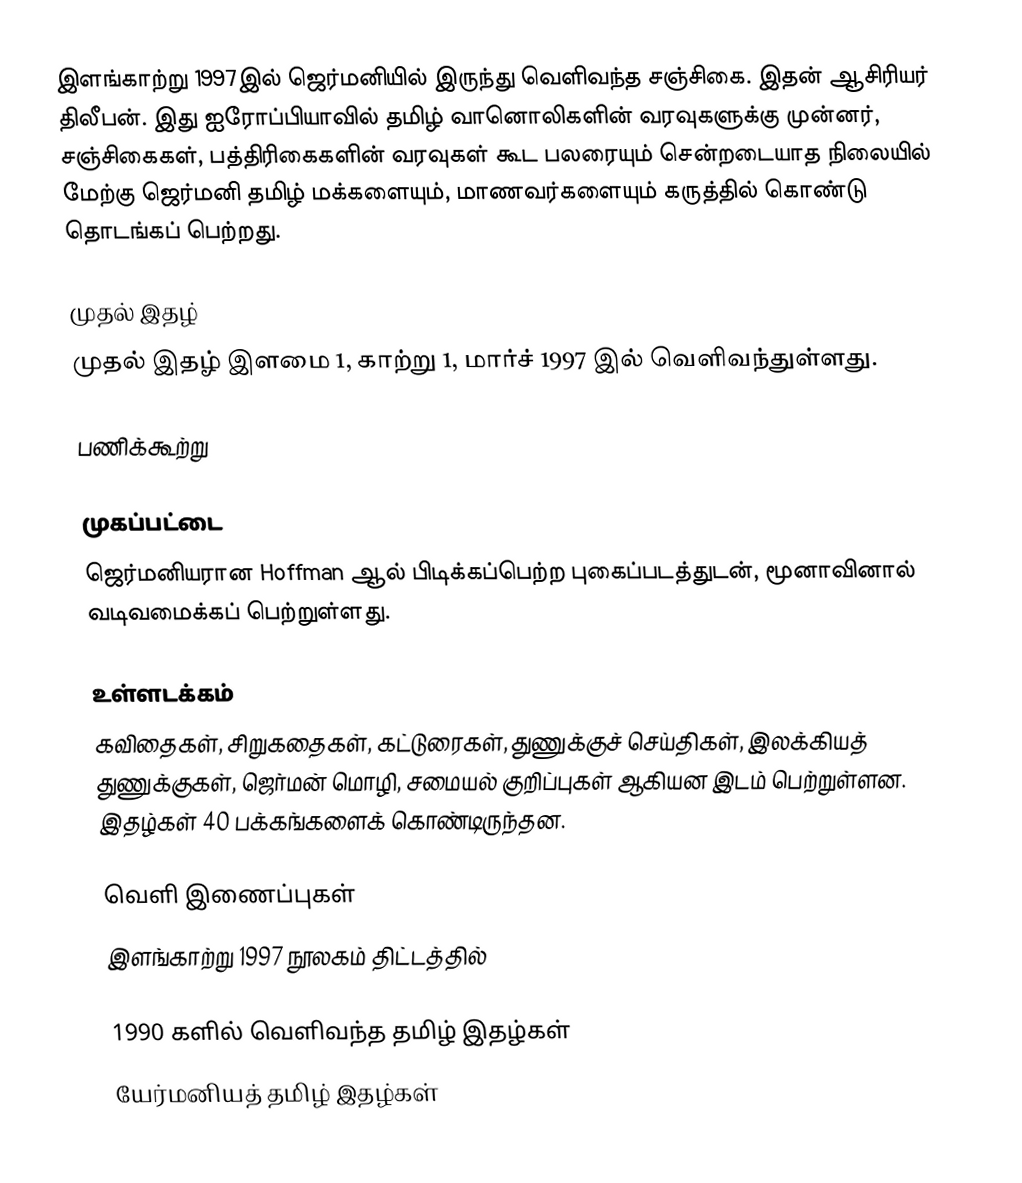
இளங்காற்று 1997இல் ஜெர்மனியில் இருந்து வெளிவந்த சஞ்சிகை. இதன் ஆசிரியர் திலீபன். இது ஐரோப்பியாவில் தமிழ் வானொலிகளின் வரவுகளுக்கு முன்னர், சஞ்சிகைகள், பத்திரிகைகளின் வரவுகள் கூட பலரையும் சென்றடையாத நிலையில் மேற்கு ஜெர்மனி தமிழ் மக்களையும், மாணவர்களையும் கருத்தில் கொண்டு தொடங்கப் பெற்றது.

முதல் இதழ்
முதல் இதழ் இளமை 1, காற்று 1, மார்ச் 1997 இல் வெளிவந்துள்ளது.

பணிக்கூற்று

முகப்பட்டை
ஜெர்மனியரான Hoffman ஆல் பிடிக்கப்பெற்ற புகைப்படத்துடன், மூனாவினால் வடிவமைக்கப் பெற்றுள்ளது.

உள்ளடக்கம்
கவிதைகள், சிறுகதைகள், கட்டுரைகள், துணுக்குச் செய்திகள், இலக்கியத் துணுக்குகள், ஜெர்மன் மொழி,  சமையல் குறிப்புகள் ஆகியன இடம் பெற்றுள்ளன. இதழ்கள் 40 பக்கங்களைக் கொண்டிருந்தன.

வெளி இணைப்புகள்
 இளங்காற்று 1997 நூலகம் திட்டத்தில்

1990 களில் வெளிவந்த தமிழ் இதழ்கள்
யேர்மனியத் தமிழ் இதழ்கள்